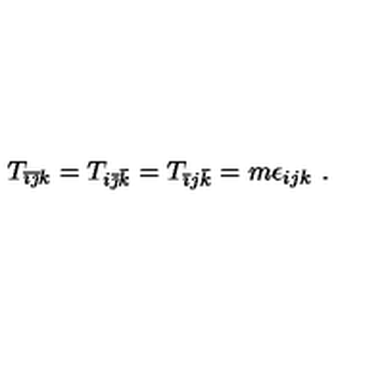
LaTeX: T _ { \bar { \imath } \bar { \jmath } k } = T _ { i \bar { \jmath } \bar { k } } = T _ { \bar { \imath } j \bar { k } } = m \epsilon _ { i j k } \ .